Civil Veterinary Department. United Provinces 1912-22 - 1912-1922
Year: 1912
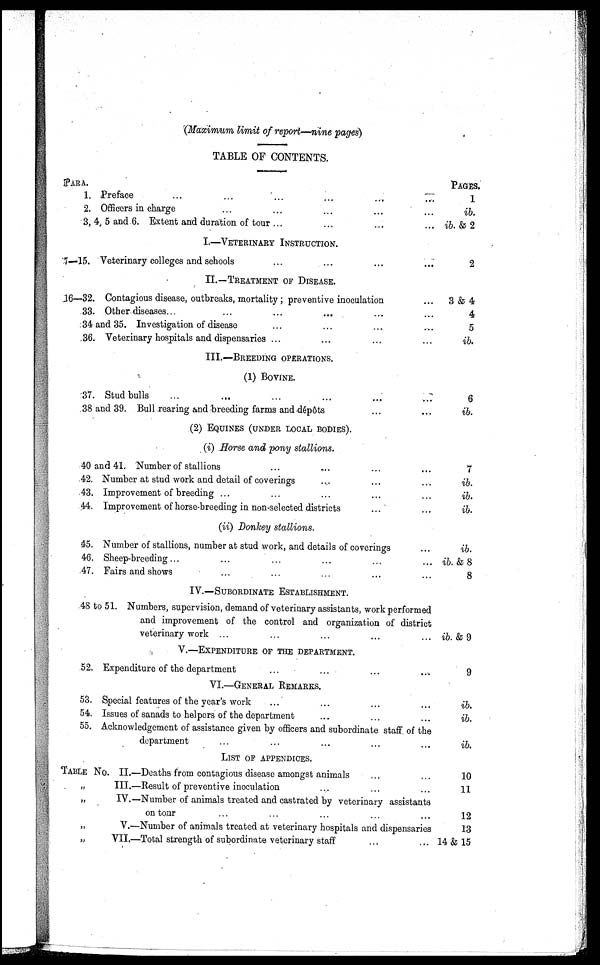
(Maximum limit of report—nine pages)
TABLE OF CONTENTS.
PARA.
1.
2.
7-15.
16—32.
33.
34
36.
37.
38
40
42.
43.
44.
45.
46.
47.
48
52.
53.
54.
55.
TABLE
„
„
„
„
Preface ... ... ... ... ... ...
Officers in charge ... ... ... ... ...
3, 4, 5 and 6. Extent and duration of tour ... ... ... ...
I.—VETERINARY INSTRUCTION.
Veterinary colleges and schools ... ... ... ...
II.—TREATMENT OF DISEASE.
Contagious disease, outbreaks, mortality; preventive inoculation ...
Other diseases... ... ... ... ... ...
and 35. Investigation of disease ... ... ... ...
Veterinary hospitals and dispensaries ... ... ... ...
III.—BREEDIND OPERATIONS.
(1) BOVINE.
Stud bulls ... ... ... ... ... ...
and 39. Bull rearing and breeding farms and dépôts ... ...
(2) EQUINES (UNDER LOCAL BODIES).
(i) Horse and pony stallions.
and 41. Number of stallions ... ... ... ...
Number at stud work and detail of coverings ... ... ...
Improvement of breeding ... ... ... ... ...
Improvement of horse-breeding in non-selected districts ... ...
(ii) Donkey stallions.
Number of stallions, number at stud work, and details of coverings ...
Sheep-breeding... ... ... ... ...
Fairs and shows ... ... ... ... ...
IV.—SUBORDINATE ESTABLISHMENT.
to 51. Numbers, supervision, demand of veterinary assistants, work performed
and improvement of the control and organization of district
veterinary work ... ... ... ... ...
V.—EXPENDITURE OF THE DEPARTMENT.
Expenditure of the department ... ... ... ...
VI.—GENERAL REMARKS.
Special features of the year's work ... ... ... ...
Issues of sanads to helpers of the department ... ... ...
Acknowledgement of assistance given by officers and subordinate staff of the
department ... ... ... ... ...
LIST OF APPENDICES.
No. II.—Deaths from contagious disease amongst animals ... ...
III.—Result of preventive inoculation ... ... ...
IV.—Number of animals treated and castrated by veterinary assistants
on tour ... ... ... ... ...
V.—Number of animals treated at veterinary hospitals and dispensaries
VII.—Total strength of subordinate veterinary staff ... ...
PAGES.
1
ib.
ib. & 2
2
3 & 4
4
5
ib.
6
ib.
7
ib.
ib.
ib.
ib.
ib. & 8
8
ib. & 9
9
ib.
ib.
ib.
10
11
12
13
14 & 15